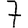
Digit: 7